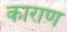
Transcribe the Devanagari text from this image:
काराण